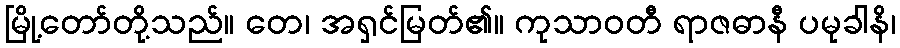
မြို့တော်တို့သည်။ တေ၊ အရှင်မြတ်၏။ ကုသာဝတီ ရာဇဓာနီ ပမုခါနိ၊